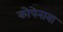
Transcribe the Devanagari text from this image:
कोपेनावा